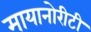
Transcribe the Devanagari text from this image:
मायानोरीटी